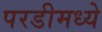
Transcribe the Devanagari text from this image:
परडीमध्ये